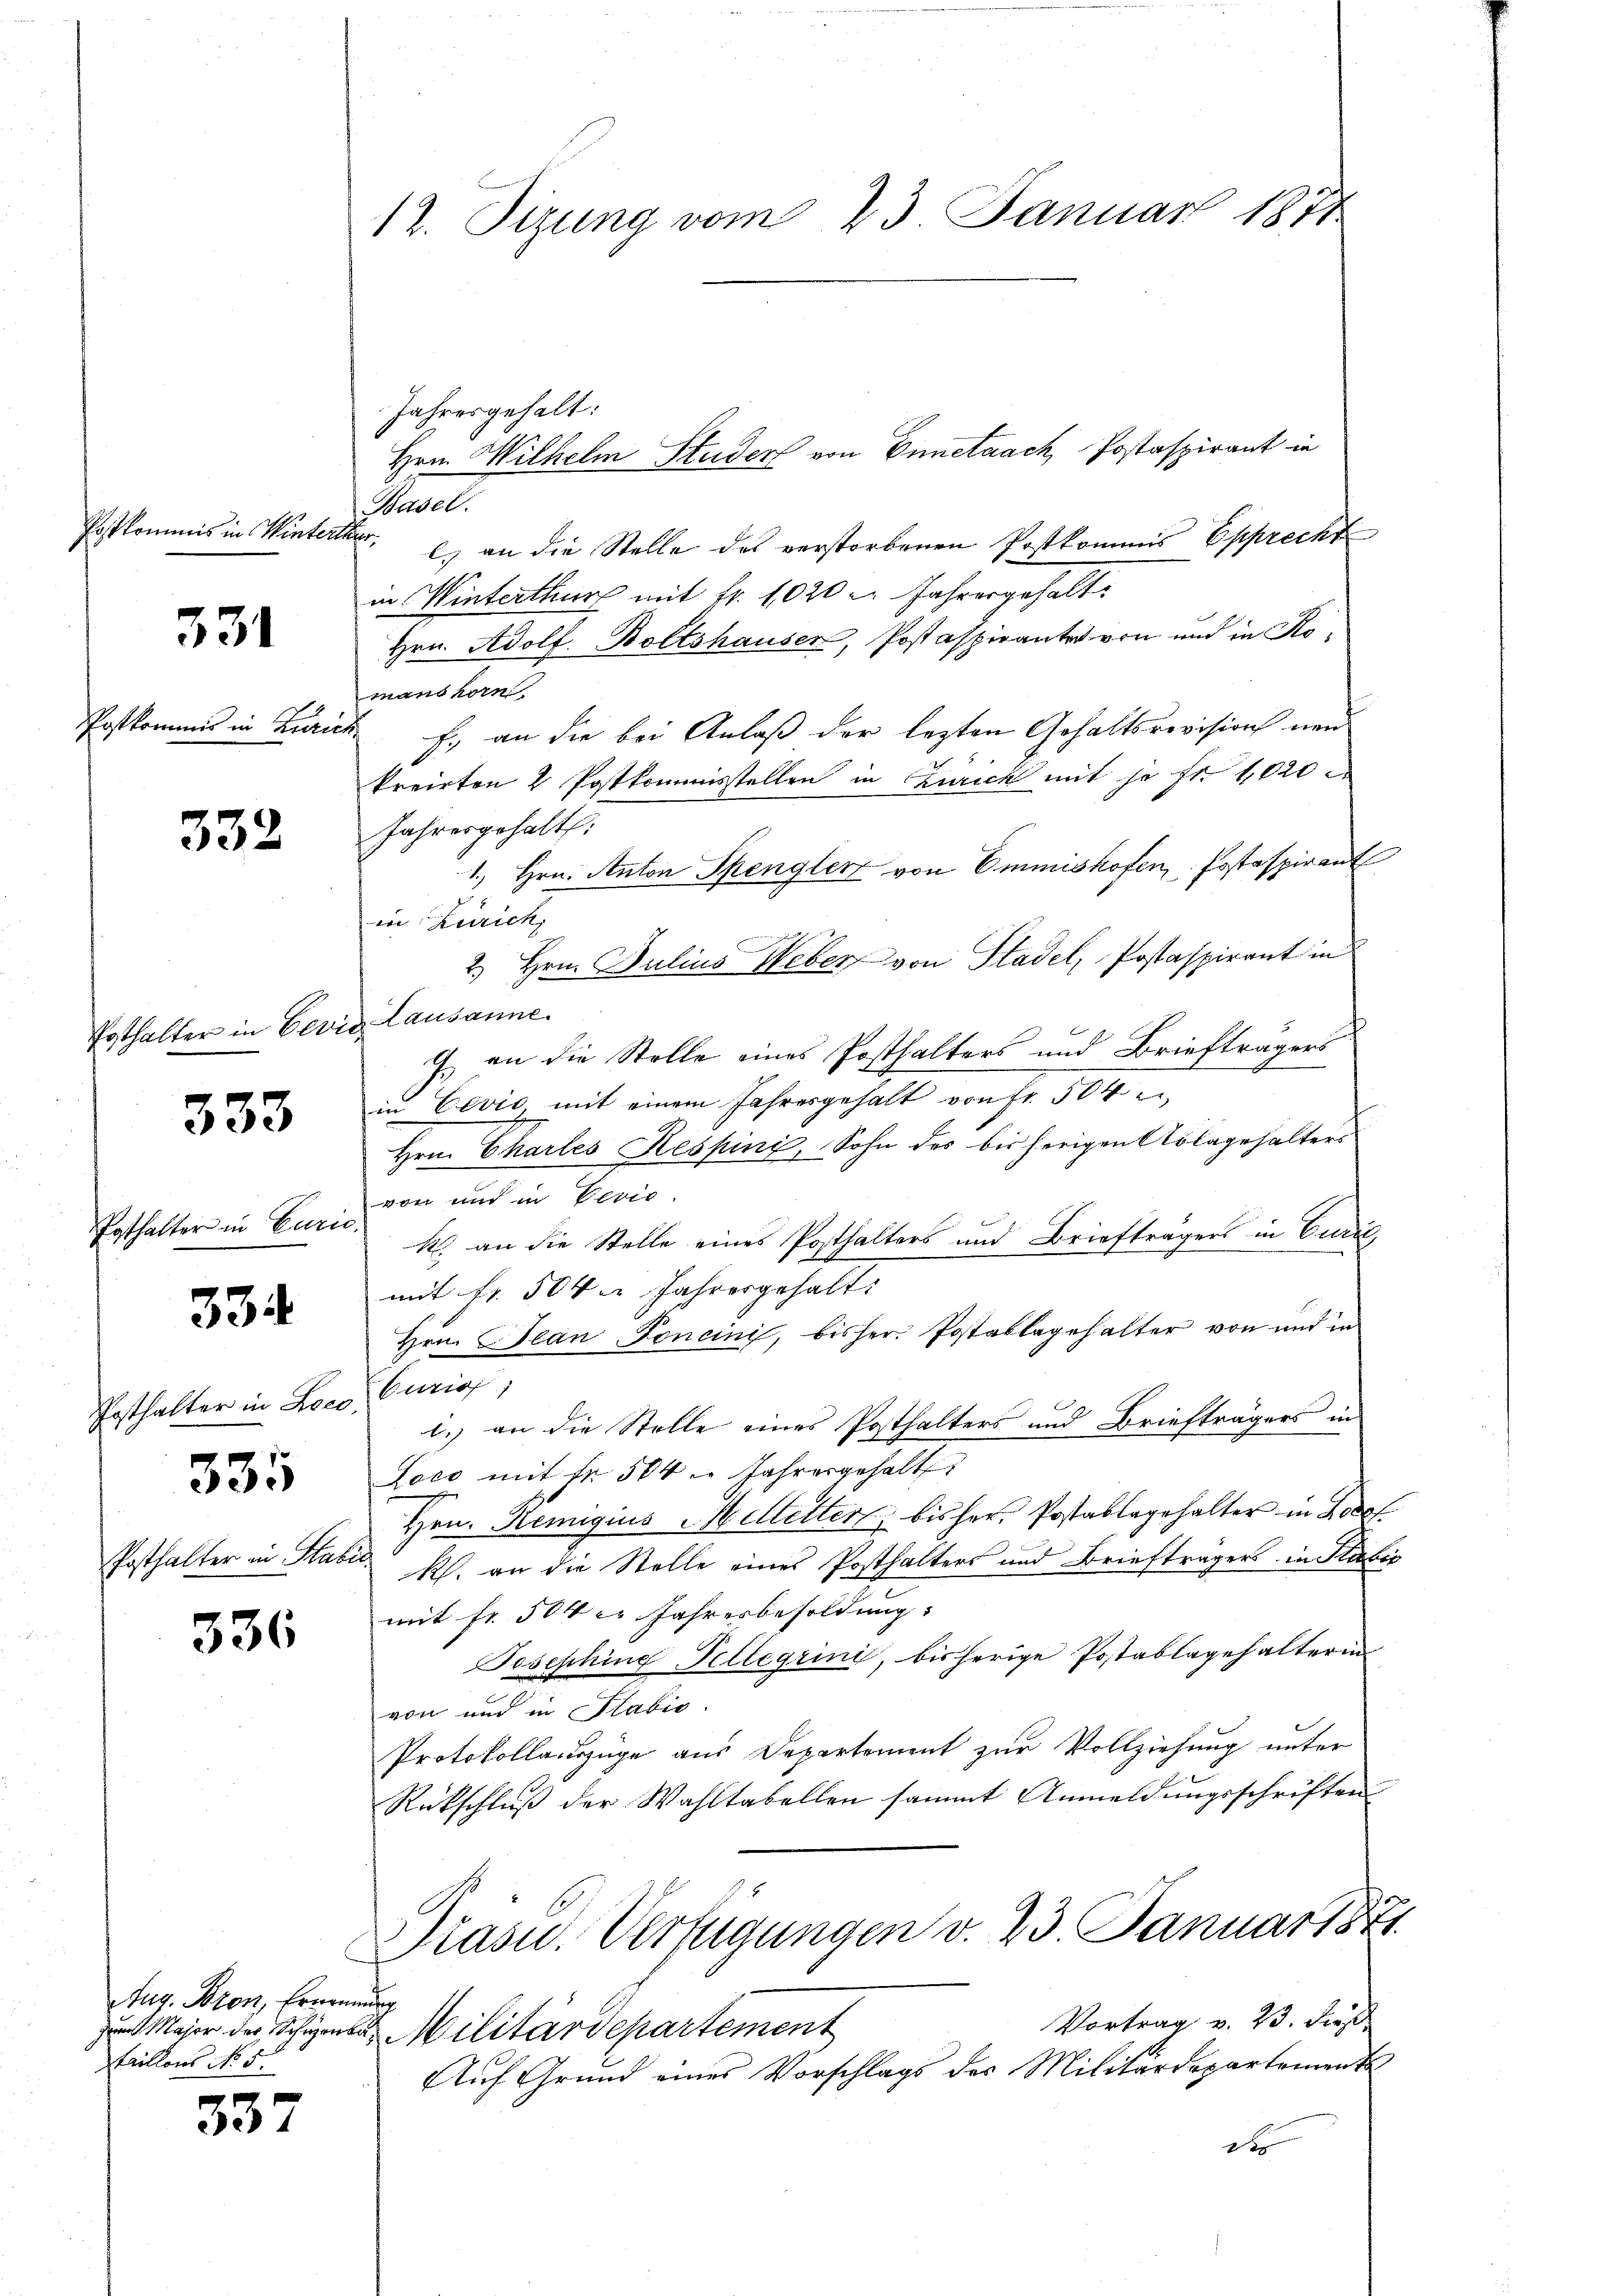
Postkommis in Winterther.

331

Postkommis in Zürich

332

Posthalter in Ceres Lausanne.

333

Posthalter in Curic

334

Posthalter in Loco,

336

Aug. Bron, Ernennung
taillons No 5.

337

Jahresgehalt:
Hrn. Wilhelm Studer von Ennetaach, Postaspirant in
Basel.
l. an die Stelle des verstorbenen Postkommis Epprecht
in Winterthur mit fr. 1020 l. Jahresgehalt¬
Hrn. Adolf Boltshauser, Postaspiranter von und in Komans korn
f., an die bei Anlaß der lezten Gehaltsrevision neu
kreisten 2 Postkommisstellen in Zürich mit je fr. 1020
Jahresgehalt.
1.) Hrn. Anton Spengler von Emmishofen, Postaspirant
in Zürich,
2.) Hern. Julius Weber, von Stadel, Postaspirant in
9. an die Stelle eines Posthalters und Briefträgers
in Cević, mit einem Jahresgehalt von Fr. 504
Hrn. Charles Respini, Sohn der bisherigen Ablagehalters
von und in Perio
k. an die Stelle eines Posthalters und Briefträgers in Curil
mit fr. 504. Jahresgehalt
Hrn. Jean Foncini, bisher Postablagehalter von und in
Eurios
i. an die Stelle eines Posthalters und Briefträgers in
3 5 Loco mit Nr. 504 u. Jahrer gehalt
Hrn. Remigius Mittelter, bisher Postablagehalter in Loo
Posthalter in Stab Rh. an die Stelle eines Posthalters und Briefträgers in Statis
mit fr. 504 c. Jahresbesoldung:
Josephing Pelligrini, bisherige Postablagehalterin
von und in Plabis.
Protokollauszüge aus Departement zur Vollziehung unter
Rückschlŭβ der Wahltabellen sammt Anmeldungsschriften
Präsid. Verfügungen v. 23. Januar 1871
Vortrag v. 23. Fuß.
 Major der Schienen Militärdepartement
Auf Grund eines Vorschlags des Militärdepartement
2 x

12. Sizung vom 23. Januar 1871